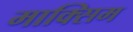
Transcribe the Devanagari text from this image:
माक्सिम